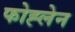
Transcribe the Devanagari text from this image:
फोह्लेन